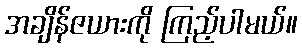
အချိန်ဇယားကို ကြည့်ပါမယ်။